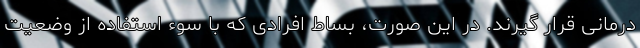
درمانی قرار گیرند. در این صورت، بساط افرادی که با سوء استفاده از وضعیت